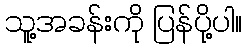
သူ့အခန်းကို ပြန်ပို့ပါ။